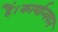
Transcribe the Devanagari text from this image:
हैं।कार्यान्वयन